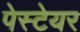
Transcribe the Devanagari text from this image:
पेस्टेयर